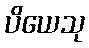
ပိယေသု